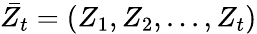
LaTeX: \bar{Z_{t}}=(Z_{1},Z_{2},...,Z_{t})